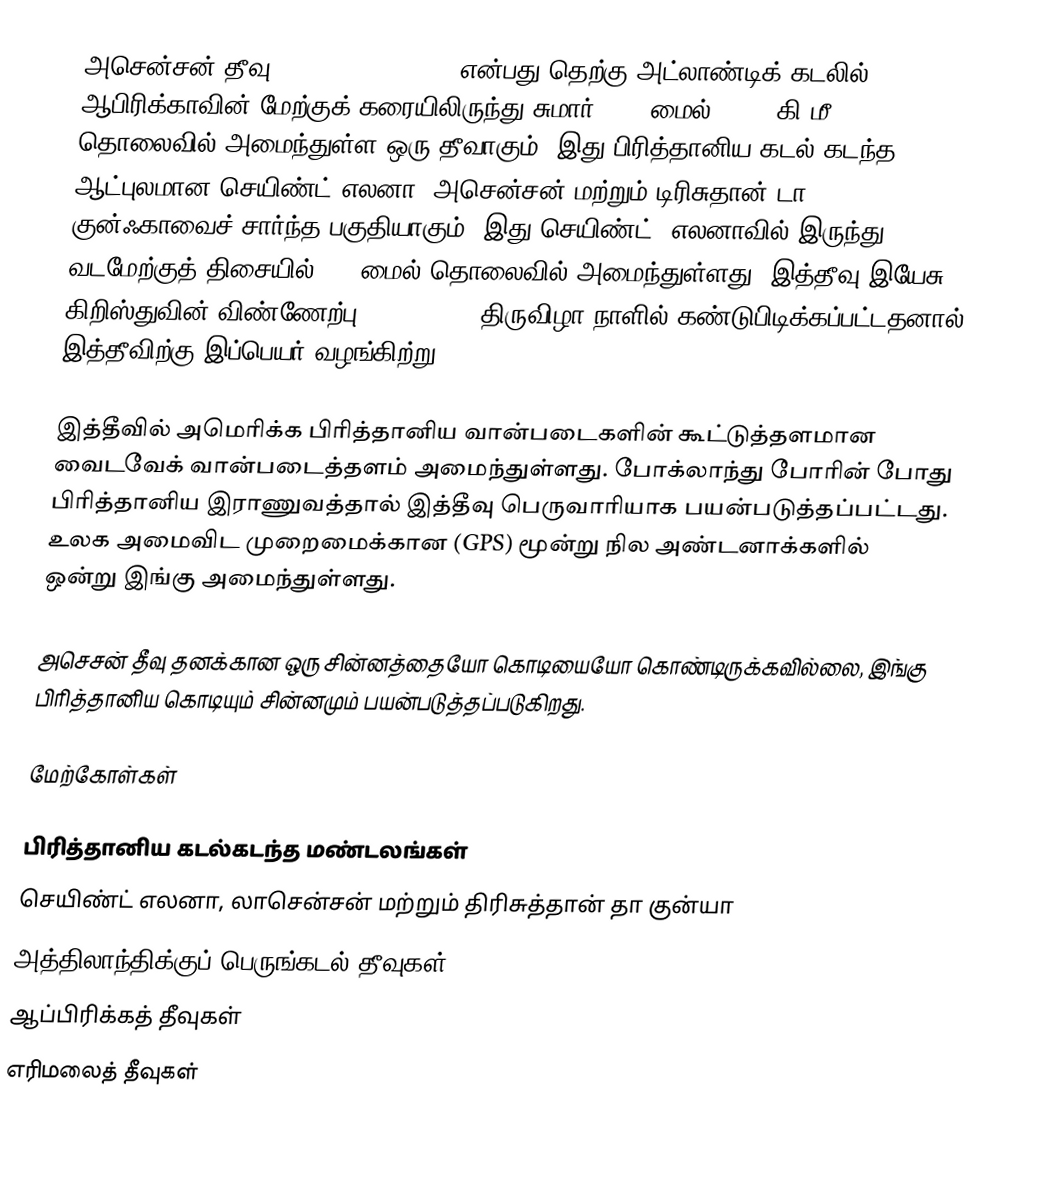
அசென்சன் தீவு (Ascension Island) என்பது தெற்கு அட்லாண்டிக் கடலில் ஆபிரிக்காவின் மேற்குக் கரையிலிருந்து சுமார் 1000 மைல் (1600 கி.மீ.) தொலைவில் அமைந்துள்ள ஒரு தீவாகும். இது பிரித்தானிய கடல் கடந்த ஆட்புலமான செயிண்ட் எலனா, அசென்சன் மற்றும் டிரிசுதான் டா குன்ஃகாவைச் சார்ந்த பகுதியாகும். இது செயிண்ட். எலனாவில் இருந்து வடமேற்குத் திசையில் 800 மைல் தொலைவில் அமைந்துள்ளது. இத்தீவு இயேசு கிறிஸ்துவின் விண்ணேற்பு (Ascension) திருவிழா நாளில் கண்டுபிடிக்கப்பட்டதனால் இத்தீவிற்கு இப்பெயர் வழங்கிற்று.

இத்தீவில் அமெரிக்க பிரித்தானிய வான்படைகளின் கூட்டுத்தளமான வைடவேக் வான்படைத்தளம் அமைந்துள்ளது. போக்லாந்து போரின் போது பிரித்தானிய இராணுவத்தால் இத்தீவு பெருவாரியாக பயன்படுத்தப்பட்டது. உலக அமைவிட முறைமைக்கான (GPS) மூன்று நில அண்டனாக்களில் ஒன்று இங்கு அமைந்துள்ளது.

அசெசன் தீவு தனக்கான ஒரு சின்னத்தையோ கொடியையோ கொண்டிருக்கவில்லை, இங்கு பிரித்தானிய கொடியும் சின்னமும் பயன்படுத்தப்படுகிறது.

மேற்கோள்கள்

பிரித்தானிய கடல்கடந்த மண்டலங்கள்
செயிண்ட் எலனா, லாசென்சன் மற்றும் திரிசுத்தான் தா குன்யா
அத்திலாந்திக்குப் பெருங்கடல் தீவுகள்
ஆப்பிரிக்கத் தீவுகள்
எரிமலைத் தீவுகள்